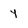
Character: y